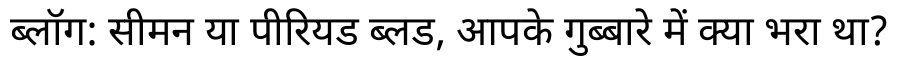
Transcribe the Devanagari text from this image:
ब्लॉग: सीमन या पीरियड ब्लड, आपके गुब्बारे में क्या भरा था?